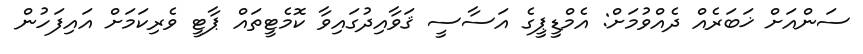
ސަންއަށް ޚަބަރެއް ދެއްވުމަށް: އެމްޑީޕީގެ އަސާސީ ޤަވާއިދުގައިވާ ކޮމެޓީތައް ޕާޓީ ވެރިކަމަށް އައިފަހުން